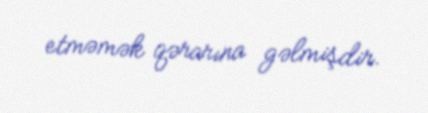
etməmək qərarına gəlmişdir.